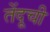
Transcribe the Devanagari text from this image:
तेंदूची